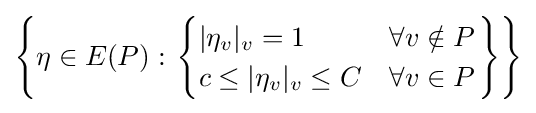
\left\{\eta \in E(P):\left.{\begin{cases}|\eta _{v}|_{v}=1&\forall v\notin P\\c\leq |\eta _{v}|_{v}\leq C&\forall v\in P\end{cases}}\right\}\right\}